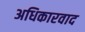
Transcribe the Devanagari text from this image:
अधिकारवाद